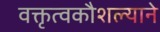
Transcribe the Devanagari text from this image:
वक्तृत्वकौशल्याने